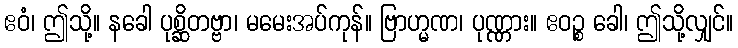
ဧဝံ၊ ဤသို့။ နခေါ ပုစ္ဆိတဗ္ဗာ၊ မမေးအပ်ကုန်။ ဗြာဟ္မဏ၊ ပုဏ္ဏား။ ဧဝဉ္စ ခေါ၊ ဤသို့လျှင်။